Report of the Indian Hemp Drugs Commission, 1894-1895 - Volume IV
Year: 1894
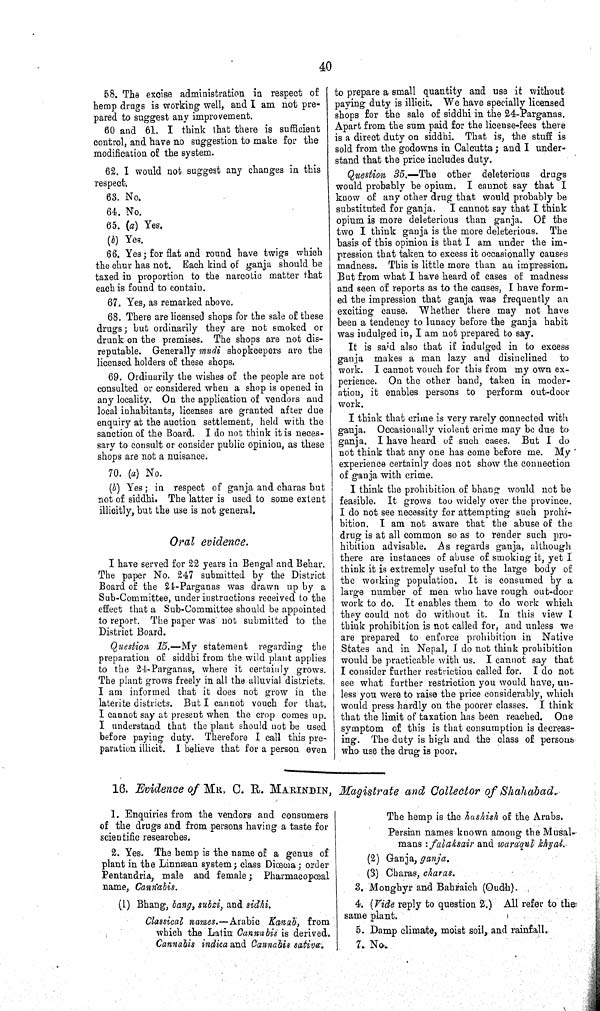
40
58. The excise administration in respect of
hemp drugs is working well, and I am not pre-
pared to suggest any improvement.
60 and 61. I think that there is sufficient
control, and have no suggestion to make for the
modification of the system.
62. I would not suggest any changes in this
respect.
63. No.
64. No.
65. (a) Yes.
(b) Yes.
66. Yes; for flat and round have twigs which
the chur has not. Each kind of ganja should be
taxed in proportion to the narcotic matter that
each is found to contain.
67. Yes, as remarked above.
68. There are licensed shops for the sale of these
drugs; but ordinarily they are not smoked or
drunk on the premises. The shops are not dis-
reputable. Generally mudi shopkeepers are the
licensed holders of these shops.
69. Ordinarily the wishes of the people are not
consulted or considered when a shop is opened in
any locality. On the application of vendors and
local inhabitants, licenses are granted after due
enquiry at the auction settlement, held with the
sanction of the Board. I do not think it is neces-
sary to consult or consider public opinion, as these
shops are not a nuisance.
70. (a) No.
(b) Yes; in respect of ganja and charas but
not of siddhi. The latter is used to some extent
illicitly, but the use is not general.
Oral evidence.
I have served for 22 years in Bengal and Behar.
The paper No. 247 submitted by the District
Board of the 24-Parganas was drawn up by a
Sub-Committee, under instructions received to the
effect that a Sub-Committee should be appointed
to report. The paper was not submitted to the
District Board.
Question 15.—My statement regarding the
preparation of siddhi from the wild plant applies
to the 24-Parganas, where it certainly grows.
The plant grows freely in all the alluvial districts.
I am informed that it does not grow in the
laterite districts. But I cannot vouch for that.
I cannot say at present when the crop comes up.
I understand that the plant should not be used
before paying duty. Therefore I call this pre-
paration illicit. I believe that for a person even
to prepare a small quantity and use it without
paying duty is illicit. We have specially licensed
shops for the sale of siddhi in the 24-Parganas.
Apart from the sum paid for the license-fees there
is a direct duty on siddhi. That is, the stuff is
sold from the godowns in Calcutta; and I under-
stand that the price includes duty.
Question 35.—The other deleterious drugs
would probably be opium. I cannot say that I
know of any other drug that would probably be
substituted for ganja. I cannot say that I think
opium is more deleterious than ganja. Of the
two I think ganja is the more deleterious. The
basis of this opinion is that I am under the im-
pression that taken to excess it occasionally causes
madness. This is little more than an impression.
But from what I have heard of cases of madness
and seen of reports as to the causes, I have form-
ed the impression that ganja was frequently an
exciting cause. Whether there may not have
been a tendency to lunacy before the ganja habit
was indulged in, I am not prepared to say.
It is said also that if indulged in to excess
ganja makes a man lazy and disinclined to
work. I cannot vouch for this from my own ex-
perience. On the other hand, taken in moder-
ation, it enables persons to perform out-door
work.
I think that crime is very rarely connected with
ganja. Occasionally violent crime may be due to
ganja. I have heard of such cases. But I do
not think that any one has come before me. My
experience certainly does not show the connection
of ganja with crime.
I think the prohibition of bhang would not be
feasible. It grows too widely over the province.
I do not see necessity for attempting such prohi-
bition. I am not aware that the abuse of the
drug is at all common so as to render such pro-
hibition advisable. As regards ganja, although
there are instances of abuse of smoking it, yet I
think it is extremely useful to the large body of
the working population. It is consumed by a
large number of men who have rough out-door
work to do. It enables them to do work which
they could not do without it. In this view I
think prohibition is not called for, and unless we
are prepared to enforce prohibition in Native
States and in Nepal, I do not think prohibition
would be practicable with us. I cannot say that
I consider further restriction called for. I do not
see what further restriction you would have, un-
less you were to raise the price considerably, which
would press hardly on the poorer classes. I think
that the limit of taxation has been reached. One
symptom of this is that consumption is decreas-
ing. The duty is high and the class of persons
who use the drug is poor.
16. Evidence of MR, C. R. MARINDIN, Magistrate and Collector of Shahabad.
1. Enquiries from the vendors and consumers
of the drugs and from persons having a taste for
scientific researches.
2. Yes. The hemp is the name of a genus of
plant in the Linnæan system; class Diœcia; order
Pentandria, male and female; Pharmacopœal
name, Cannabis.
(1) Bhang, bang, subzi, and sidhi.
Classical names.—Arabic Kanab, from
which the Latin Canna bis is derived.
Cannabis indica and Cannabis sativa.
The hemp is the hashish of the Arabs.
Persian names known among the Musal-
mans: falaksair and waraqul khyal.
(2) Ganja, ganja.
(3) Charas, charas.
3. Monghyr and Bahraich (Oudh).
4. (Vide reply to question 2.) All refer to the
same plant.
5. Damp climate, moist soil, and rainfall.
7. No.